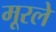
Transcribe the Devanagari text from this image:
मूरले